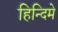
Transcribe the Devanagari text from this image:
हिन्दिमे